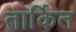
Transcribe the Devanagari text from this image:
तार्कित